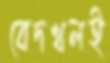
বেদখলই